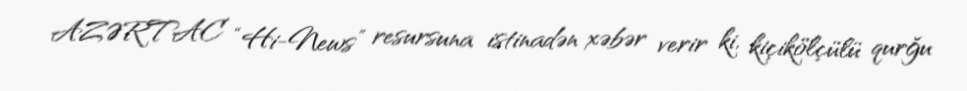
AZƏRTAC “Hi-News” resursuna istinadən xəbər verir ki, kiçikölçülü qurğu